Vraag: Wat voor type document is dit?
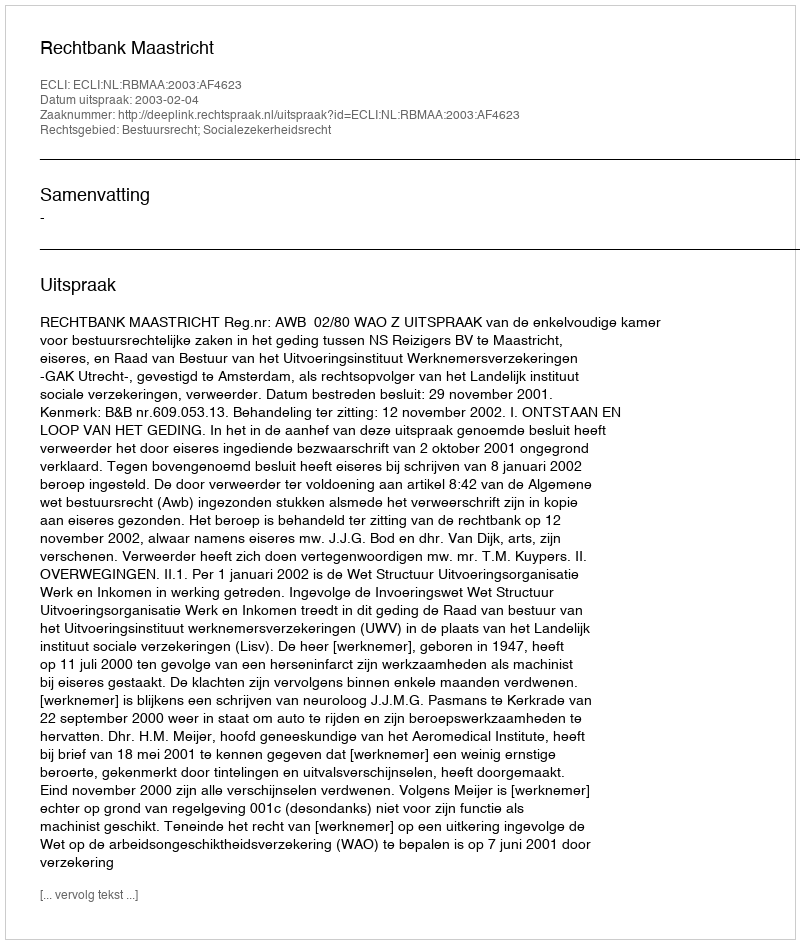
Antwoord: Uitspraak